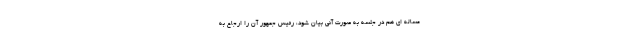
مساله ای هم در جلسه به صورت آنی بیان شود، رئیس جمهور آن را ارجاع به